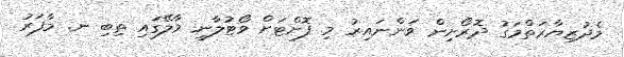
މެދުޒިޔާރަތްމަގު ދޮރޯށިން ވަންނައިރު މި ފޮށްޓަށް ވޯޓުލާނީ މާލޭގައި ތިބި ނ. މާފަރު